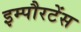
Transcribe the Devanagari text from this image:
इम्पौरटेंस